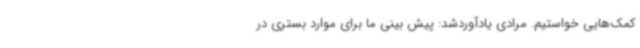
کمک‌هایی خواستیم. مرادی یادآوردشد: پیش بینی ما برای موارد بستری در